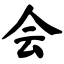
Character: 会